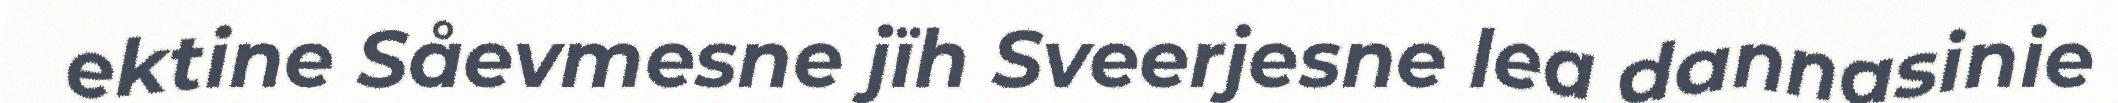
ektine Såevmesne jïh Sveerjesne lea dannasinie